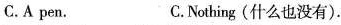
C.A pen. C.Nothing(什么也没有).